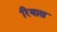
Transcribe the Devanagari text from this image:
रियास